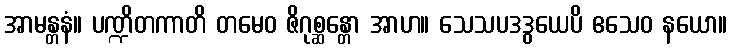
အာမန္တနံ။ ပဏ္ဍိတကာတိ တမေဝ ဇိဂုစ္ဆန္တော အာဟ။ သေသပဒဒွယေပိ ဧသေဝ နယော။